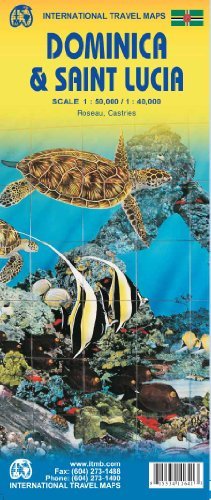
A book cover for Dominica 1:50,000 & Saint Lucia 1:40,000 Travel Map, 2013 edition ITMB; ITM Canada; Travel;